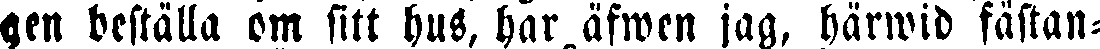
gen beställa om sitt hus, har äfwen jag, härwid fästan-